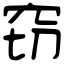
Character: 窃